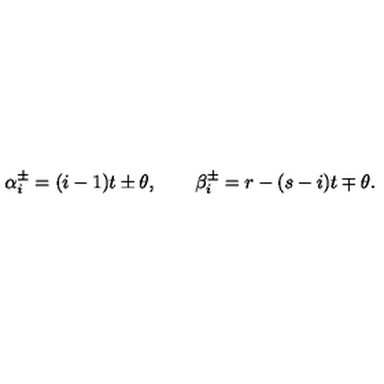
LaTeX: \alpha _ { i } ^ { \pm } = ( i - 1 ) t \pm \theta , \qquad \beta _ { i } ^ { \pm } = r - ( s - i ) t \mp \theta .